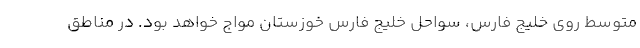
متوسط روی خلیج فارس، سواحل خلیج فارس خوزستان مواج خواهد بود. در مناطق